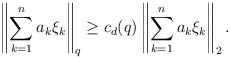
LaTeX: \begin{align*}\left\|\sum_{k=1}^n a_k\xi_k\right\|_q \geq c_d(q)\left\|\sum_{k=1}^n a_k\xi_k\right\|_2.\end{align*}